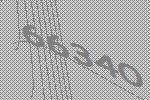
66340